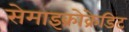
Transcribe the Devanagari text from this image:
सेमाइक्रोक्रेडिट